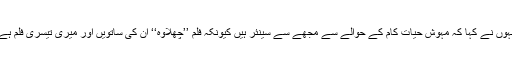
انہوں نے کہا کہ مہوش حیات کام کے حوالے سے مجھے سے سینئر ہیں کیونکہ فلم ’’چھلاوہ‘‘ ان کی ساتویں اور میری تیسری فلم ہے۔